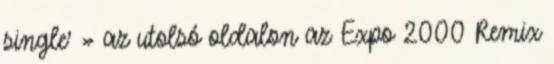
single' » az utolsó oldalon az Expo 2000 Remix